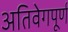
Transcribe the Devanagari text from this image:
अतिवेगपूर्ण